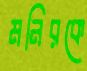
মনিরকে